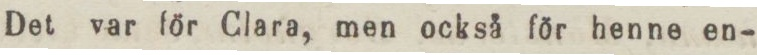
Det var för Clara, men också för henne en-